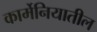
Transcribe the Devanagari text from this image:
कार्मेनियातील